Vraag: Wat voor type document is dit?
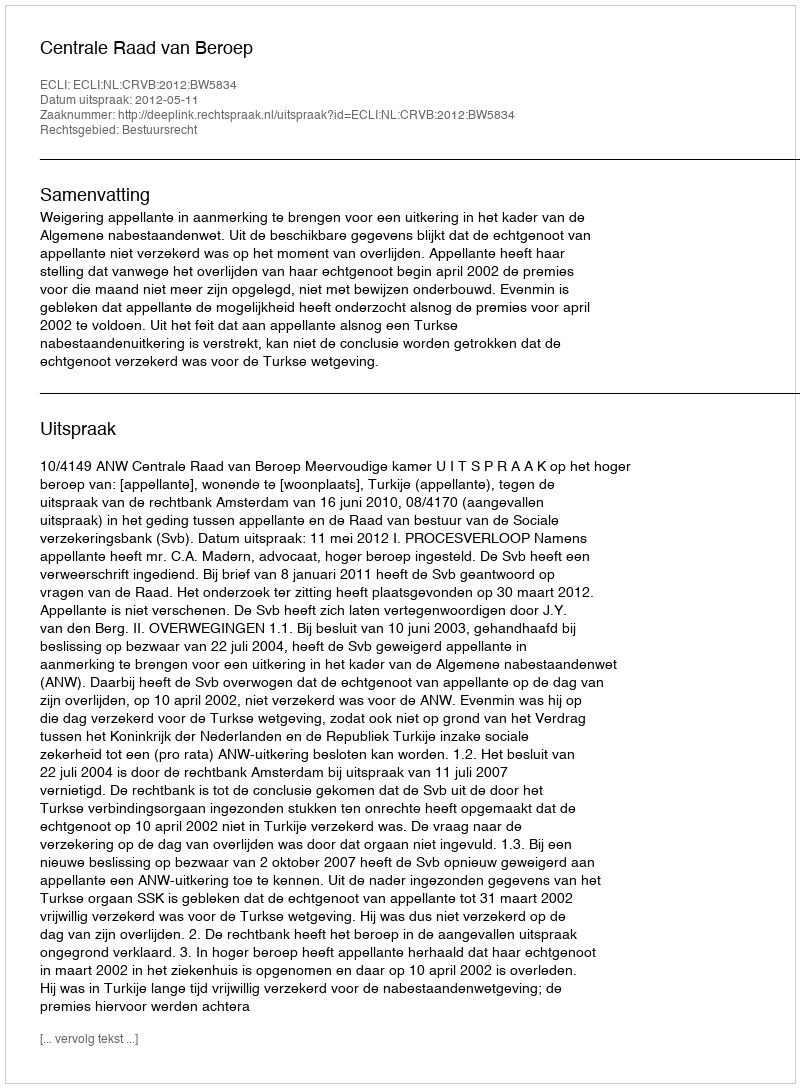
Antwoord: Uitspraak